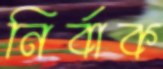
নির্বাক